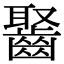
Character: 𪘸